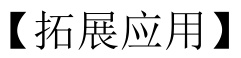
【拓展应用】